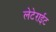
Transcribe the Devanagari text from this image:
लेटेराईट